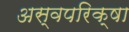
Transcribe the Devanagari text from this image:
अस्वपरिक्षा